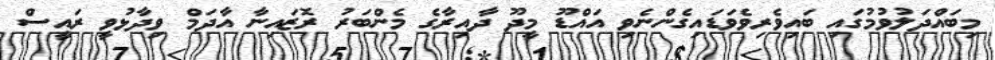
މިބައްދަލުވުމުގައި ބައިވެރިވެވަޑައިގެންނެވި އައްޑޫ މީދޫ ދާއިރާގެ މެންބަރު ރޮޒައިނާ އާދަމް ވިދާޅުވީ ރައީސް